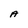
Character: A